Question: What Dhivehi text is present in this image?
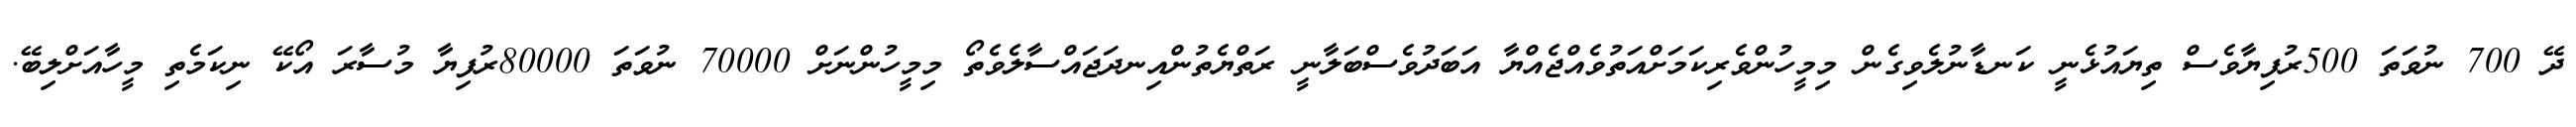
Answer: ދޭ 700 ނުވަތަ 500ރުފިޔާވެސް ތިޔައުޅެނީ ކަނޑާނުލެވިގެން މިމީހުންވެރިކަމަށްއަތުވެއްޖެއްޔާ އަބަދުވެސްބަލާނީ ރަތްޔެތުންއިނދަޖައްސާލެވެތޯ މިމީހުންނަށް 70000 ނުވަތަ 80000ރުފިޔާ މުސާރަ އޯކޭ ނިކަމެތި މީހާއަށްލިބޭ.